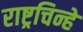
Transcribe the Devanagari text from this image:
राष्ट्रचिन्हे